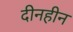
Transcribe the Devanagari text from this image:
दीनहीन